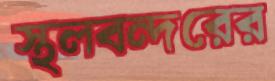
স্থলবন্দরের